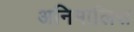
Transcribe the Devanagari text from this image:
अनिमालिस